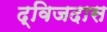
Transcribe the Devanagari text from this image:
द्विजदास